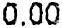
0.00